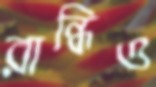
রান্ধিও